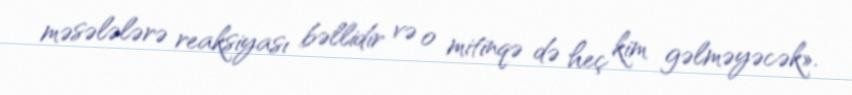
məsələlərə reaksiyası bəllidir və o mitinqə də heç kim gəlməyəcək».